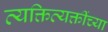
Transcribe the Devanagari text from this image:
व्यक्तिव्यक्तींच्या